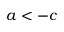
a < - c